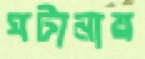
ঘটানায়